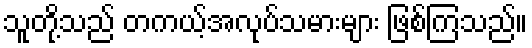
သူတို့သည် တကယ့်အလုပ်သမားများ ဖြစ်ကြသည်။